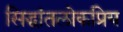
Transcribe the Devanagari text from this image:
सिद्धांतलोकप्रिय